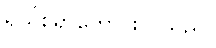
ရယ်စရာကောင်းလှသည်။